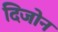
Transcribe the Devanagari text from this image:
दिजोन